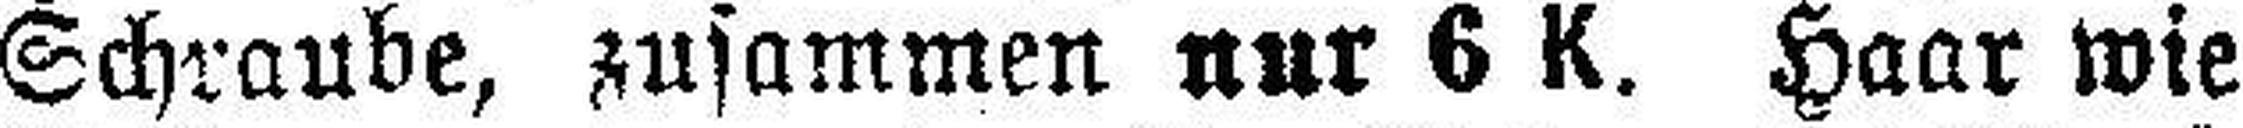
Schraube, zusammen nur 6 K. Haar wie